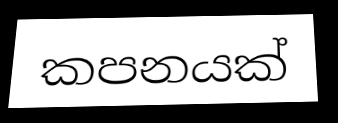
කපනයක්